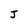
Character: J